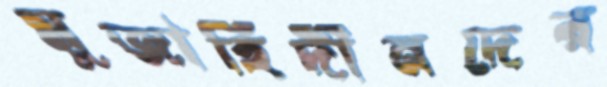
মুজাহিদীনদের